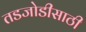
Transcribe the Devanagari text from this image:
तडजोडीसाठी